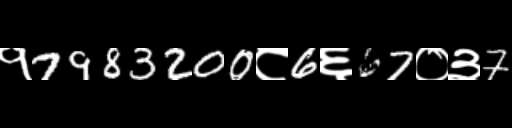
Text: १7983200८6६67०३7